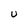
Character: U